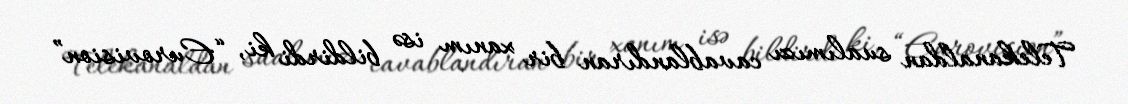
Telekanaldan sualımızı cavablandıran bir xanım isə bildirdi ki, “Eurovision”